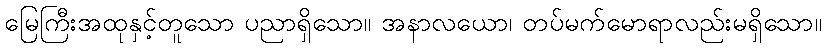
မြေကြီးအထုနှင့်တူသော ပညာရှိသော။ အနာလယော၊ တပ်မက်မောရာလည်းမရှိသော။